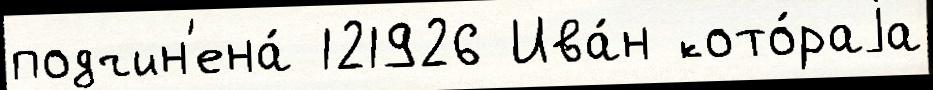
подчин'ена́ 121926 Ива́н кото́раjа